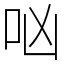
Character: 㕳